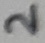
Text: 2